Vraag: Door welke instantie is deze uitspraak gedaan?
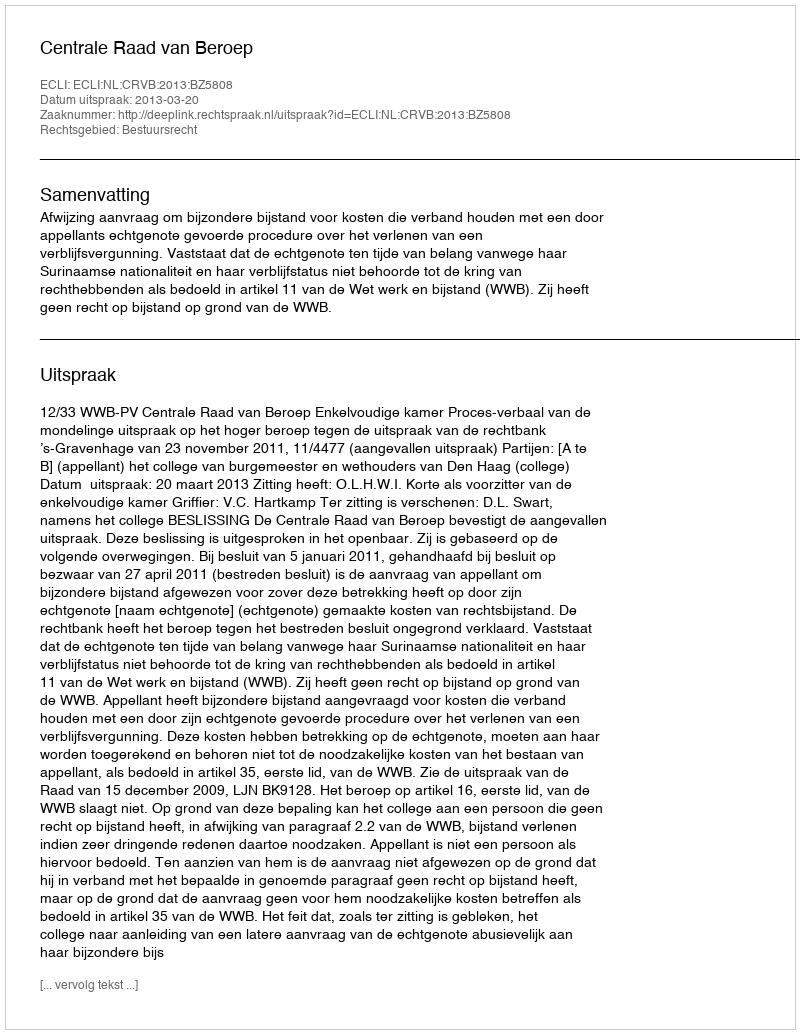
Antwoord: Centrale Raad van Beroep